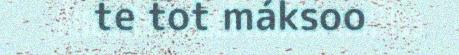
te tot máksoo